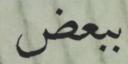
ببعض